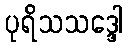
ပုရိသသဒ္ဒေါ